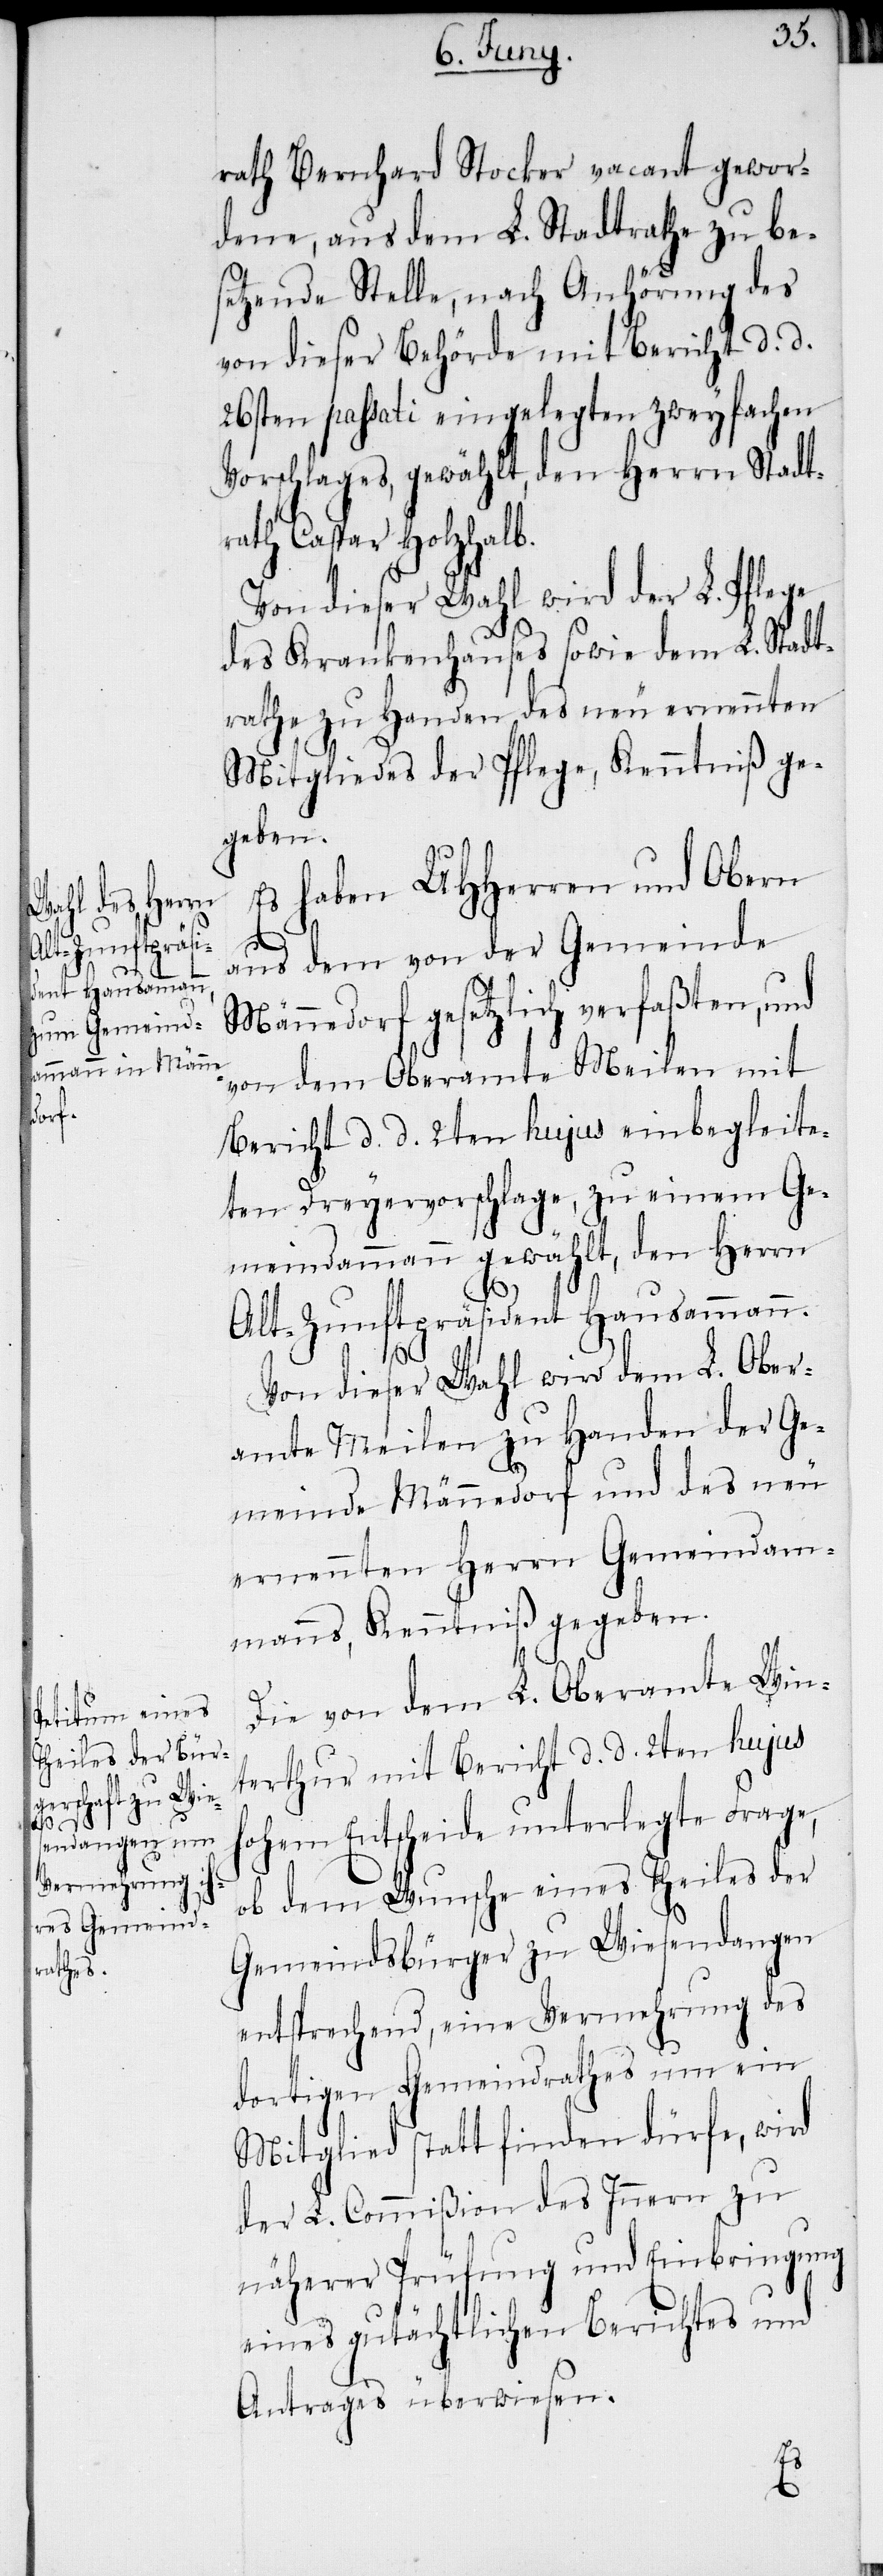
rath Bernhard Stocker vacant gewor¬
dene, aus dem L. Stadtrathe zu be¬
setzende Stelle, nach Anhörung des
von dieser Behörde mit Bericht d. d.
26sten passati eingelegten zweyfachen
Vorschlages, gewählt, den Herrn Stadt¬
rath Caspar Holzhalb.
Von dieser Wahl wird der L. Pflege
des Krankenhauses sowie dem L. Stadt¬
rathe zu Handen des neu ernennten
Mitgliedes der Pflege, Kenntniß ge¬
geben.
Es haben UHHerren und Obern
aus dem von der Gemeinde
Männedorf gesetzlich verfaßten, und
von dem Oberamte Meilen mit
Bericht d. d. 2ten hujus einbegleite¬
ten Dreyervorschlage, zu einem Ge¬
meindammann gewählt, den Herrn
Alt-Zunftpräsident Hausammann.
Von dieser Wahl wird dem L. Ober¬
amte Meilen zu Handen der Ge¬
meinde Männedorf und des neu
ernennten Herrn Gemeindam¬
manns, Kenntniß gegeben.
Die von dem L. Oberamte Win¬
terthur mit Bericht d. d. 2ten hujus
hohem Entscheide unterlegte Frage,
ob dem Wunsche eines Theiles der
Gemeindsbürger zu Wiesendangen
entsprechend, eine Vermehrung des
dortigen Gemeindrathes um ein
Mitglied statt finden dürfe, wird
der L. Commißion des Innern zu
näherer Prüfung und Einbringung
eines gutächtlichen Berichtes und
Antrages überwiesen.